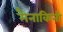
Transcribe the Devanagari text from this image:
मैनाकिनी